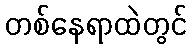
တစ်နေရာထဲတွင်